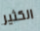
الكثير